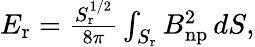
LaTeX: \begin{array}{r}{E_{\mathrm{r}}=\frac{S_{\mathrm{r}}^{1/2}}{8\pi}\int_{S_{\mathrm{r}}}B_{\mathrm{np}}^{2}\, dS,}\end{array}